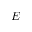
E